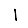
Digit: 1